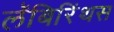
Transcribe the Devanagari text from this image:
लॅबिरिंथस